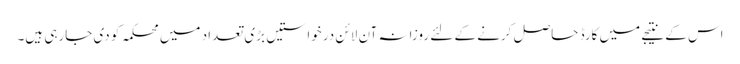
اس کے نتیجے میں کارڈ حاصل کرنے کے لئے روزانہ آن لائن درخواستیں بڑی تعداد میں محکمہ کو دی جارہی ہیں۔